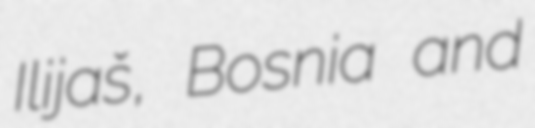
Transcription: Ilijaš, Bosnia and